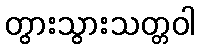
တွားသွားသတ္တဝါ